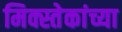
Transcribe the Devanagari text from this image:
मिक्स्तेकांच्या